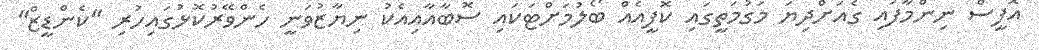
އޮފީސް ނިންމާފައި ގެއަށްދިޔަ މަގުމަތީގައި ކޮފީއެއް ބޯލުމަށްޓަކައި ސޮބާއާއިއެކު ނިޔާޒުވަނީ ހެންވޭރުކޮޅުގައިހުރި "ކެންޑީޒް"